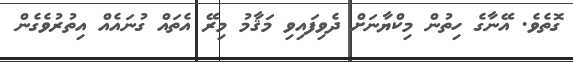
ގޮތެވެ. އޭނާގެ ހިތުން މިކްޔާނަށް ދެވިފައިވި މަޤާމު މިރޭ އެތައް ގުނައެއް އިތުރުވެގެން